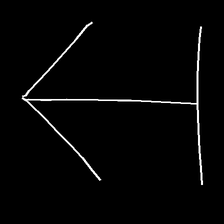
Glyph: levitation